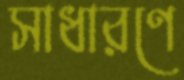
সাধারণে